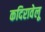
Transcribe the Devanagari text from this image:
कदिरावेलू